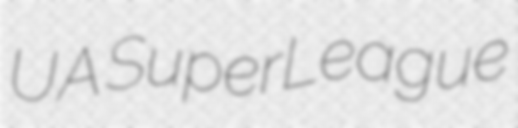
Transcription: UA SuperLeague